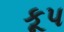
કૂપ